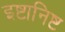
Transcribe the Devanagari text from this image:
इष्टानिष्ट